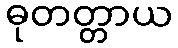
ဓုတတ္တာယ